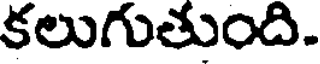
కలుగుతుంది.